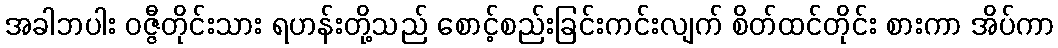
အခါဘပါး ဝဇ္ဇီတိုင်းသား ရဟန်းတို့သည် စောင့်စည်းခြင်းကင်းလျက် စိတ်ထင်တိုင်း စားကာ အိပ်ကာ